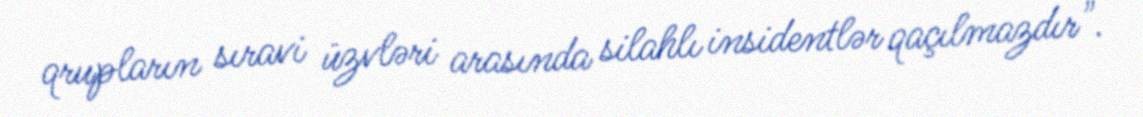
qrupların sıravi üzvləri arasında silahlı insidentlər qaçılmazdır".